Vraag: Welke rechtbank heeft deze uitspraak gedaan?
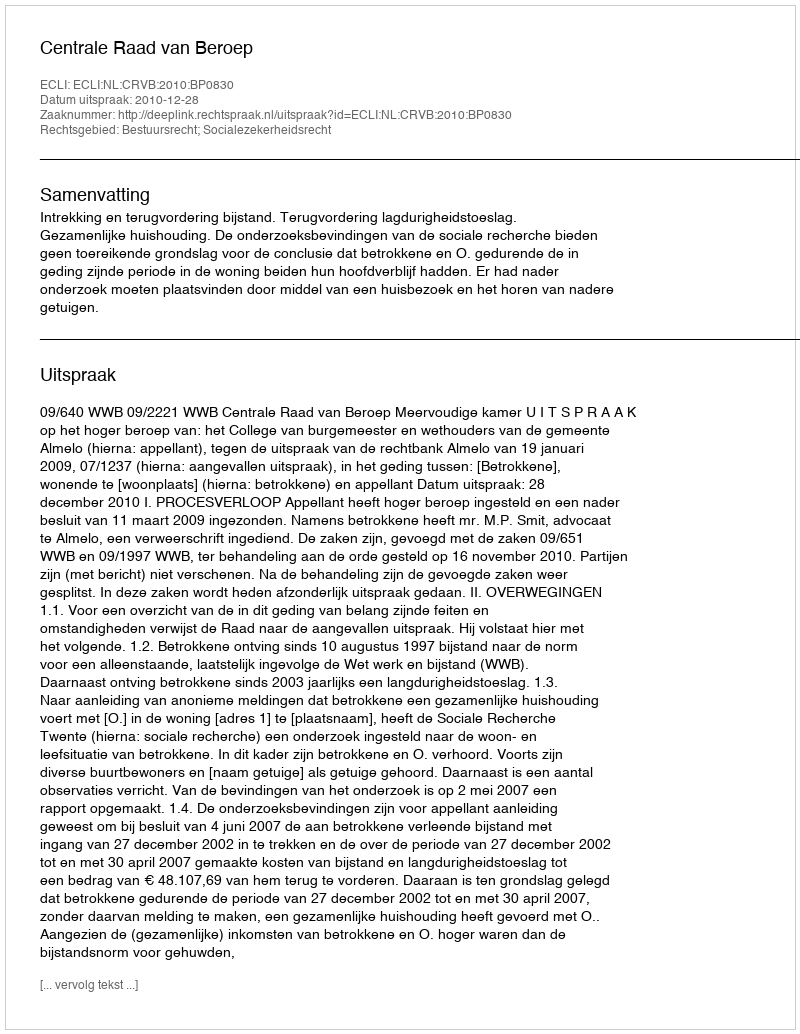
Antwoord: Centrale Raad van Beroep